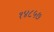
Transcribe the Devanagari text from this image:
१४८५७